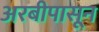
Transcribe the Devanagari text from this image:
अरबीपासून